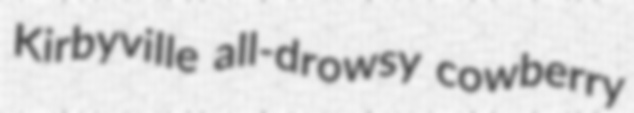
Kirbyville all-drowsy cowberry